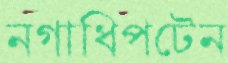
নগাধিপটেন